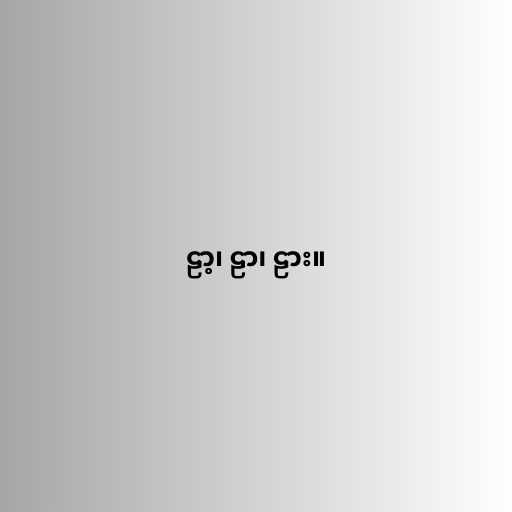
ဠာ့၊ ဠာ၊ ဠား။